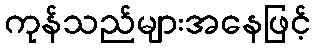
ကုန်သည်များအနေဖြင့်